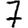
Digit: 7